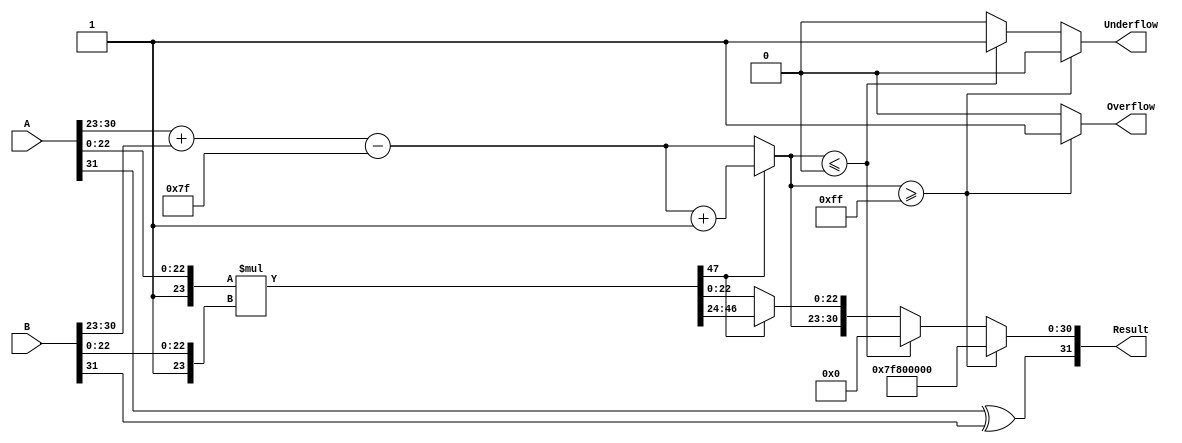
module floating_point_multiplier (
    input  wire [31:0] A,        // First floating-point number
    input  wire [31:0] B,        // Second floating-point number
    output reg  [31:0] Result,    // Result of multiplication
    output reg         Overflow,   // Overflow flag
    output reg         Underflow    // Underflow flag
);

    // Constants
    localparam INTEGER_BITS = 8;
    localparam MANTISSA_BITS = 23;
    localparam EXPONENT_BIAS = 127;
    localparam EXPONENT_MAX = 255;
    localparam EXPONENT_MIN = 0;

    // Internal signals
    wire signA, signB;
    wire [7:0] expA, expB;
    wire [MANTISSA_BITS:0] mantA, mantB; // 24 bits for mantissa (including implicit leading 1)
    wire [MANTISSA_BITS*2+1:0] mant_product; // 48 bits for the product of mantissas
    wire [8:0] exp_result; // 9 bits to accommodate overflow in exponent addition
    wire [MANTISSA_BITS:0] mantissa_result;
    wire [7:0] exponent_result;
    
    // Extract sign, exponent, and mantissa
    assign signA = A[31];
    assign signB = B[31];
    assign expA = A[30:23];
    assign expB = B[30:23];
    assign mantA = {1'b1, A[22:0]}; // Add implicit leading 1
    assign mantB = {1'b1, B[22:0]}; // Add implicit leading 1

    // Calculate the product of mantissas
    assign mant_product = mantA * mantB;

    // Calculate the resultant exponent
    assign exp_result = expA + expB - EXPONENT_BIAS;

    // Normalize mantissa
    always @(*) begin
        Overflow = 0;
        Underflow = 0;
        
        if (mant_product[MANTISSA_BITS*2+1]) begin // Check if mantissa needs normalization
            mantissa_result = mant_product[MANTISSA_BITS*2+1:MANTISSA_BITS+1]; // Shift right
            exponent_result = exp_result + 1; // Increment exponent
        end else begin
            mantissa_result = mant_product[MANTISSA_BITS-1:0]; // Use lower 23 bits
            exponent_result = exp_result; // Use original exponent
        end
        
        // Check for overflow and underflow
        if (exponent_result >= EXPONENT_MAX) begin
            Overflow = 1;
            Result = {signA ^ signB, 8'b11111111, 23'b0}; // Set to infinity
        end else if (exponent_result <= EXPONENT_MIN) begin
            Underflow = 1;
            Result = {signA ^ signB, 8'b00000000, 23'b0}; // Set to zero
        end else begin
            // Combine sign, exponent, and mantissa into result
            Result = {signA ^ signB, exponent_result[7:0], mantissa_result[MANTISSA_BITS-1:0]};
        end
    end
endmodule